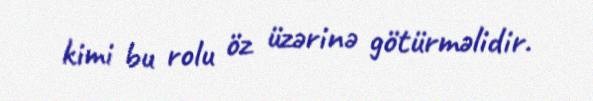
kimi bu rolu öz üzərinə götürməlidir.